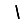
Digit: 1